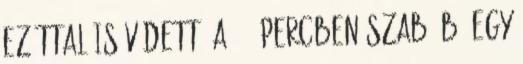
ezúttal is védett. A 90. percben Szabó B. egy